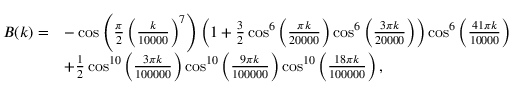
{ \begin{array} { r l } { B ( k ) = } & { - \cos \left( { \frac { \pi } { 2 } } \left( { \frac { k } { 1 0 0 0 0 } } \right) ^ { 7 } \right) \left( 1 + { \frac { 3 } { 2 } } \cos ^ { 6 } \left( { \frac { \pi k } { 2 0 0 0 0 } } \right) \cos ^ { 6 } \left( { \frac { 3 \pi k } { 2 0 0 0 0 } } \right) \right) \cos ^ { 6 } \left( { \frac { 4 1 \pi k } { 1 0 0 0 0 } } \right) } \\ & { + { \frac { 1 } { 2 } } \cos ^ { 1 0 } \left( { \frac { 3 \pi k } { 1 0 0 0 0 0 } } \right) \cos ^ { 1 0 } \left( { \frac { 9 \pi k } { 1 0 0 0 0 0 } } \right) \cos ^ { 1 0 } \left( { \frac { 1 8 \pi k } { 1 0 0 0 0 0 } } \right) , } \end{array} }